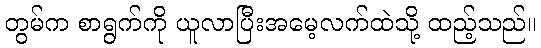
တွမ်က စာရွက်ကို ယူလာပြီးအမေ့လက်ထဲသို့ ထည့်သည်။